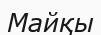
Майқы